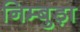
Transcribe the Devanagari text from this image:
निम्बुड़ा